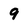
Character: 9